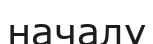
началу